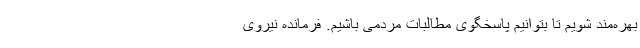
بهره‌مند شویم تا بتوانیم پاسخگوی مطالبات مردمی باشیم. فرمانده نیروی